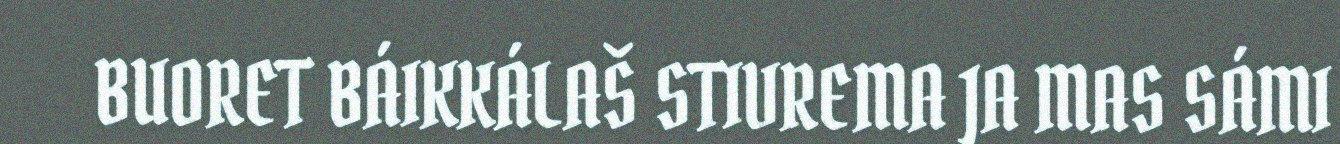
BUORET BÁIKKÁLAŠ STIVREMA JA MAS SÁMI